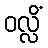
ဝလ္လိံ